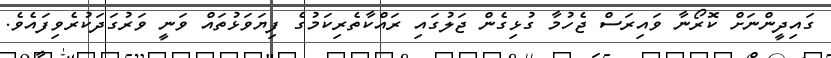
ގައިދީންނަށް ކޮރޯނާ ވައިރަސް ޖެހުމާ ގުޅިގެން ޖަލުގައި ރައްކާތެރިކަމުގެ ފިޔަވަޅުތައް ވަނީ ވަރުގަދަކުރެވިފައެވެ.